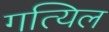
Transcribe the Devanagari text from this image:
गत्यिल